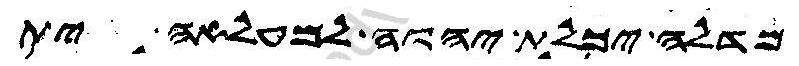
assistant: מדלה יכלת יהוה למעלאה ית